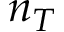
n _ { T }